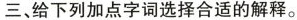
三、给下列加点字词选择合适的解释。